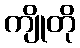
ကျိုတို